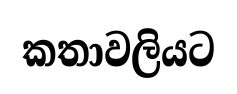
කතාවලියට